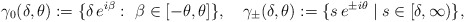
\begin{align*}\gamma_0(\delta,\theta):=\{\delta\, e^{i\beta}:\ \beta\in[-\theta,\theta]\},\quad\gamma_\pm(\delta,\theta):=\{s\,e^{\pm i\theta}\mid s\in[\delta,\infty)\},\end{align*}